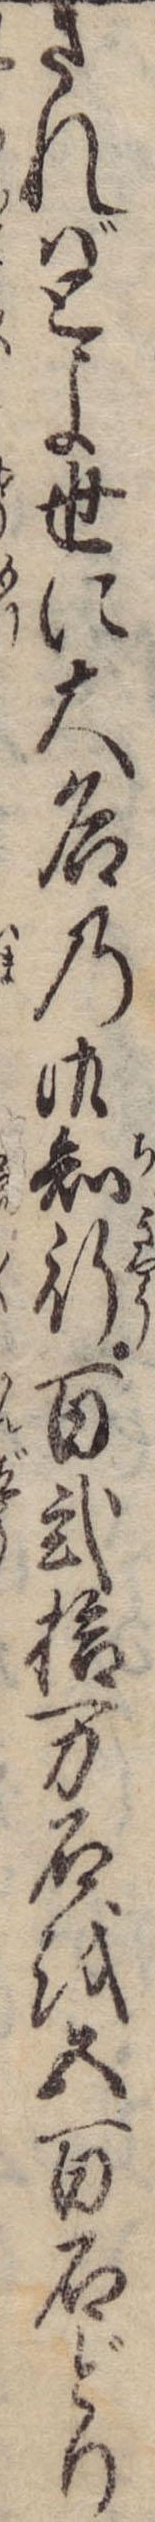
さればとよ世に大名の御知行百弐拾万石を五百石どり